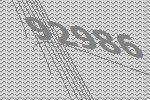
92986